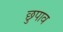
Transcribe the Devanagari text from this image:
छुपाव